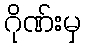
ဂိုဏ်းမှ